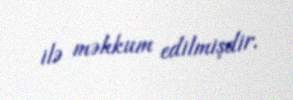
ilə məhkum edilmişdir.